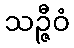
သဉ္ဇီဝံ